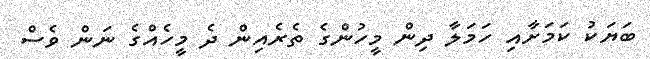
ބަޔަކު ކަމަށާއި ހަމަލާ ދިން މީހުންގެ ތެރެއިން ދެ މީހެއްގެ ނަން ވެސް